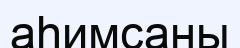
аһимсаны